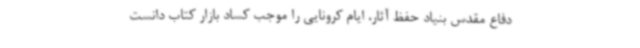
دفاع مقدس بنیاد حفظ آثار، ایام کرونایی را موجب کساد بازار کتاب دانست